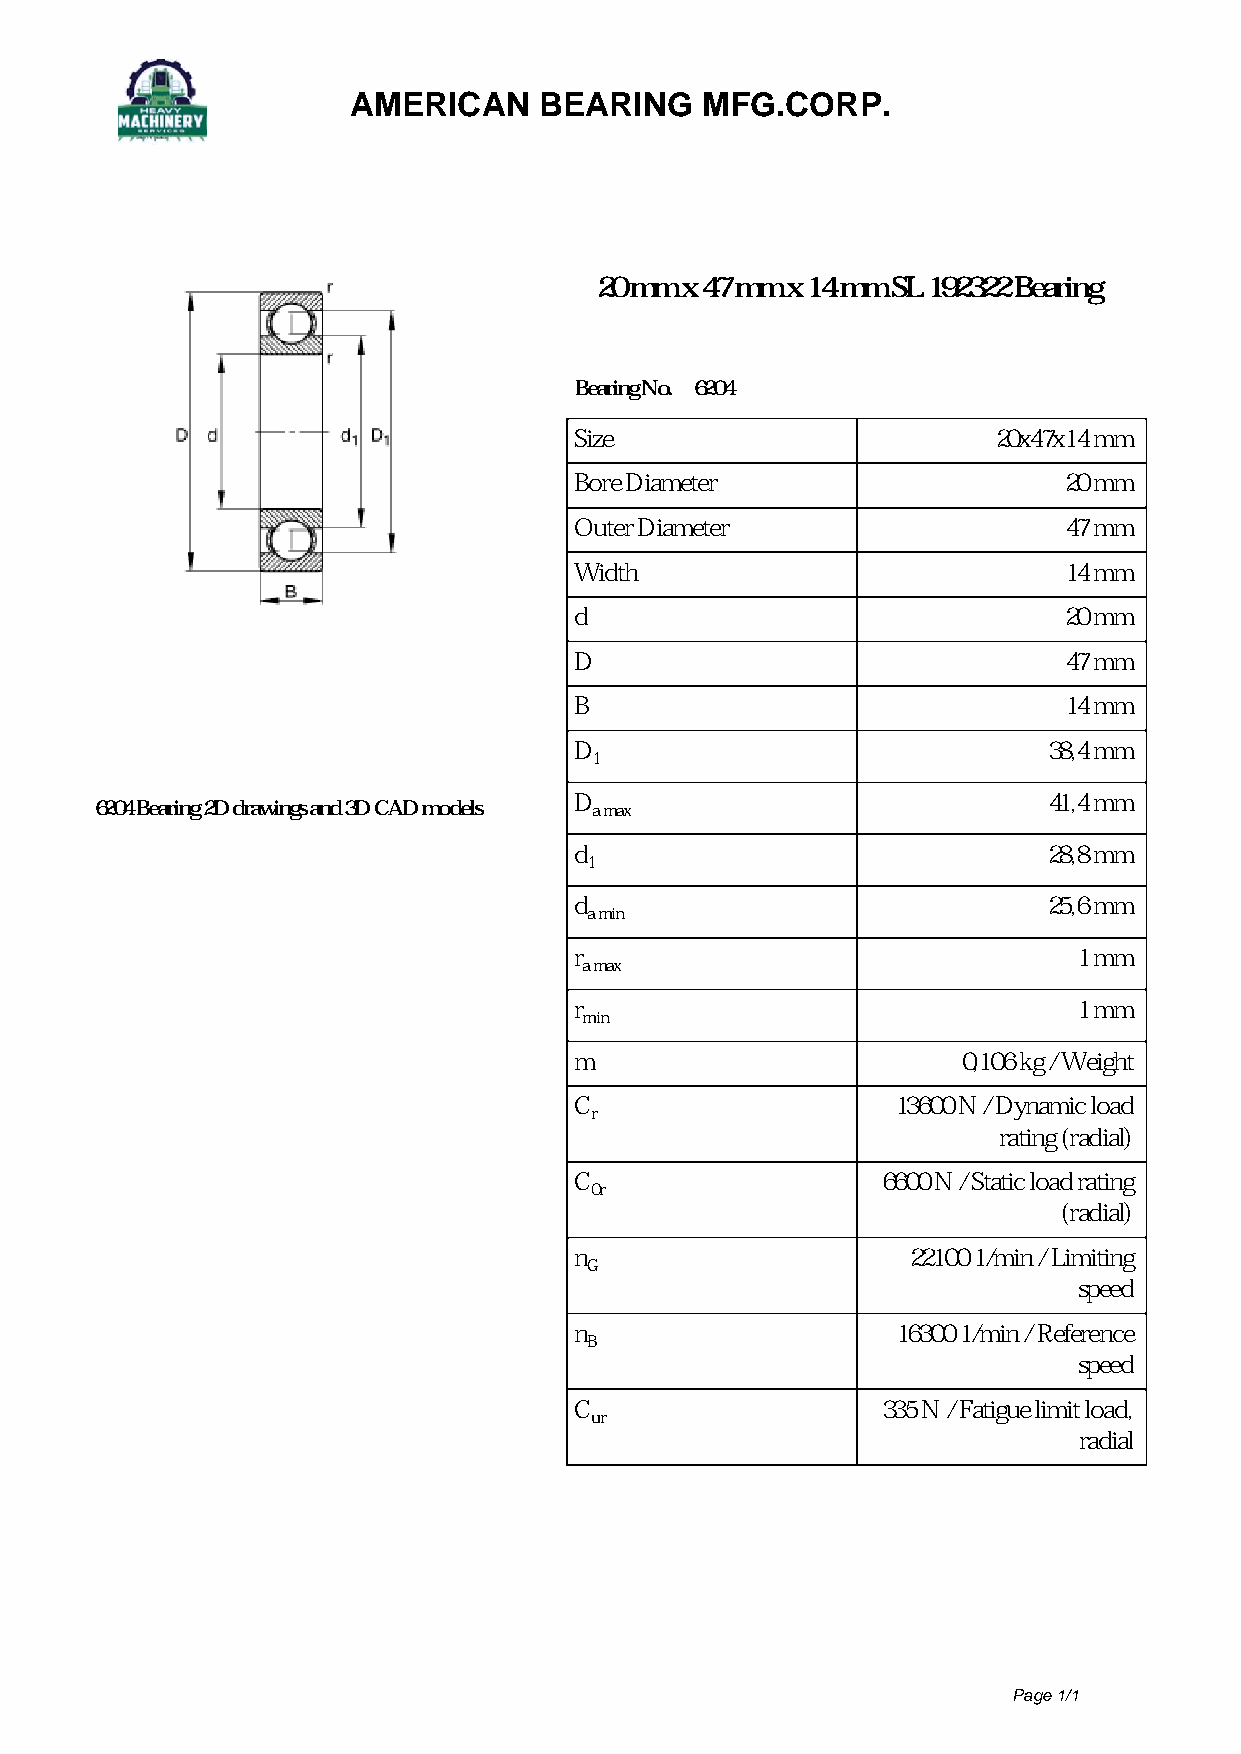
AMERICAN     BEARING   MFG.CORP.
 20 mm x 47 mm x 14 mm SL 192322 Bearing
 Bearing No. 6204
 Size                        20x47x14 mm
 Bore Diameter                   20 mm
 Outer Diameter                  47 mm
 Width                           14 mm
 d                               20 mm
 D                               47 mm
 B                               14 mm
 D                              38,4 mm
 1
 D                              41,4 mm
 6204 Bearing 2D drawings and 3D CAD models a max
 d                              28,8 mm
 1
 d                              25,6 mm
 a min
 r                                1 mm
 a max
 r                                1 mm
 min
 m                         0,106 kg / Weight
 C                    13600 N / Dynamic load
 r
 rating (radial)
 C                   6600 N / Static load rating
 0r
 (radial)
 n                     22100 1/min / Limiting
 G
 speed
 n                    16300 1/min / Reference
 B
 speed
 C                   335 N / Fatigue limit load,
 ur
 radial
 Page 1/1
 Powered by TCPDF (www.tcpdf.org)